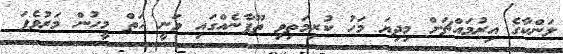
ލަންކާގެ އިރުމައްޗަށް މިދިޔަ މަހު ކުރިމަތިވި ތޫފާނެއްގައި ވަނީ ހަތް މީހުން މަރުވެފަ